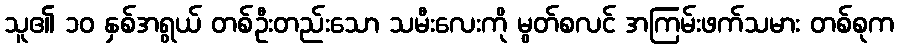
သူ၏ ၁၀ နှစ်အရွယ် တစ်ဦးတည်းသော သမီးလေးကို မွတ်စလင် အကြမ်းဖက်သမား တစ်စုက